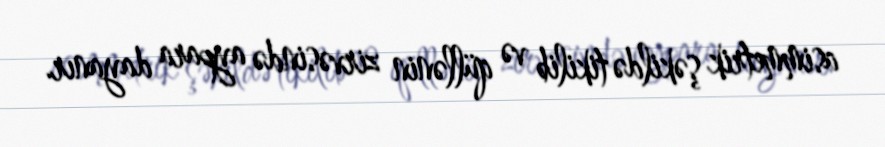
asimmetrik şəkildə tikilib və qüllənin zirvəsində aypara dayanır.